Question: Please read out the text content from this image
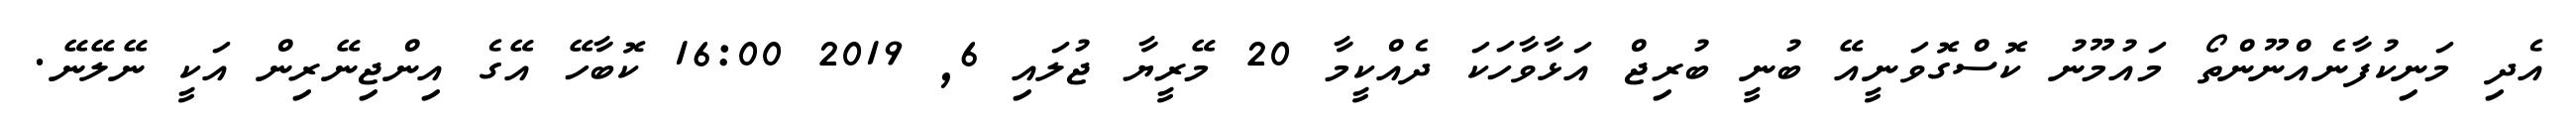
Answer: އެދި މަނިކުފާނެއްނޫންތޯ މައުމޫނު ކޮސްގޮވަނީއޭ ބުނީ ބުރިޖް އަޅާވާހަކަ ދެއްކީމާ 20 މޭރީޔާ ޖުލައި 6, 2019 16:00 ކޮބާހޭ އޭގެ އިންޖިނޭރިން އަކީ ނޭލޭނޭ.